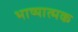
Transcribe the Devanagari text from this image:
भाष्यात्मक